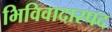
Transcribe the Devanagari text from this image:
भिविवादास्पद